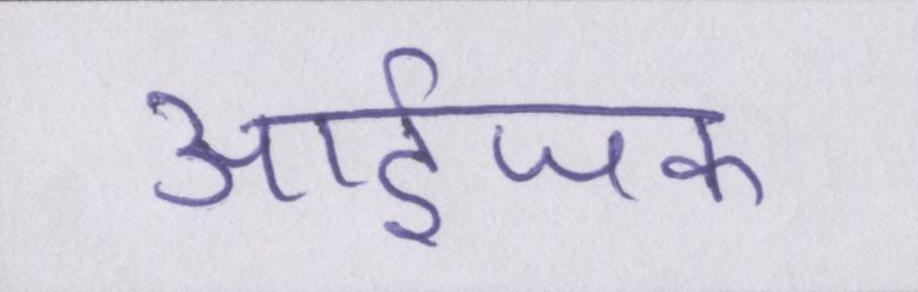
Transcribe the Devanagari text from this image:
आईजक